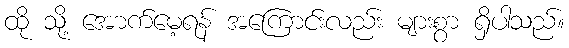
ထို သို့ အောက်မေ့ရန် အကြောင်းလည်း များစွာ ရှိပါသည်။